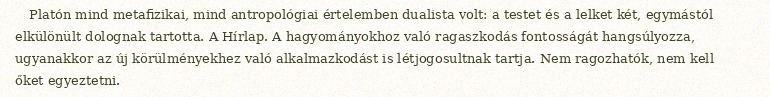
Platón mind metafizikai, mind antropológiai értelemben dualista volt: a testet és a lelket két, egymástól elkülönült dolognak tartotta. A Hírlap. A hagyományokhoz való ragaszkodás fontosságát hangsúlyozza, ugyanakkor az új körülményekhez való alkalmazkodást is létjogosultnak tartja. Nem ragozhatók, nem kell őket egyeztetni.